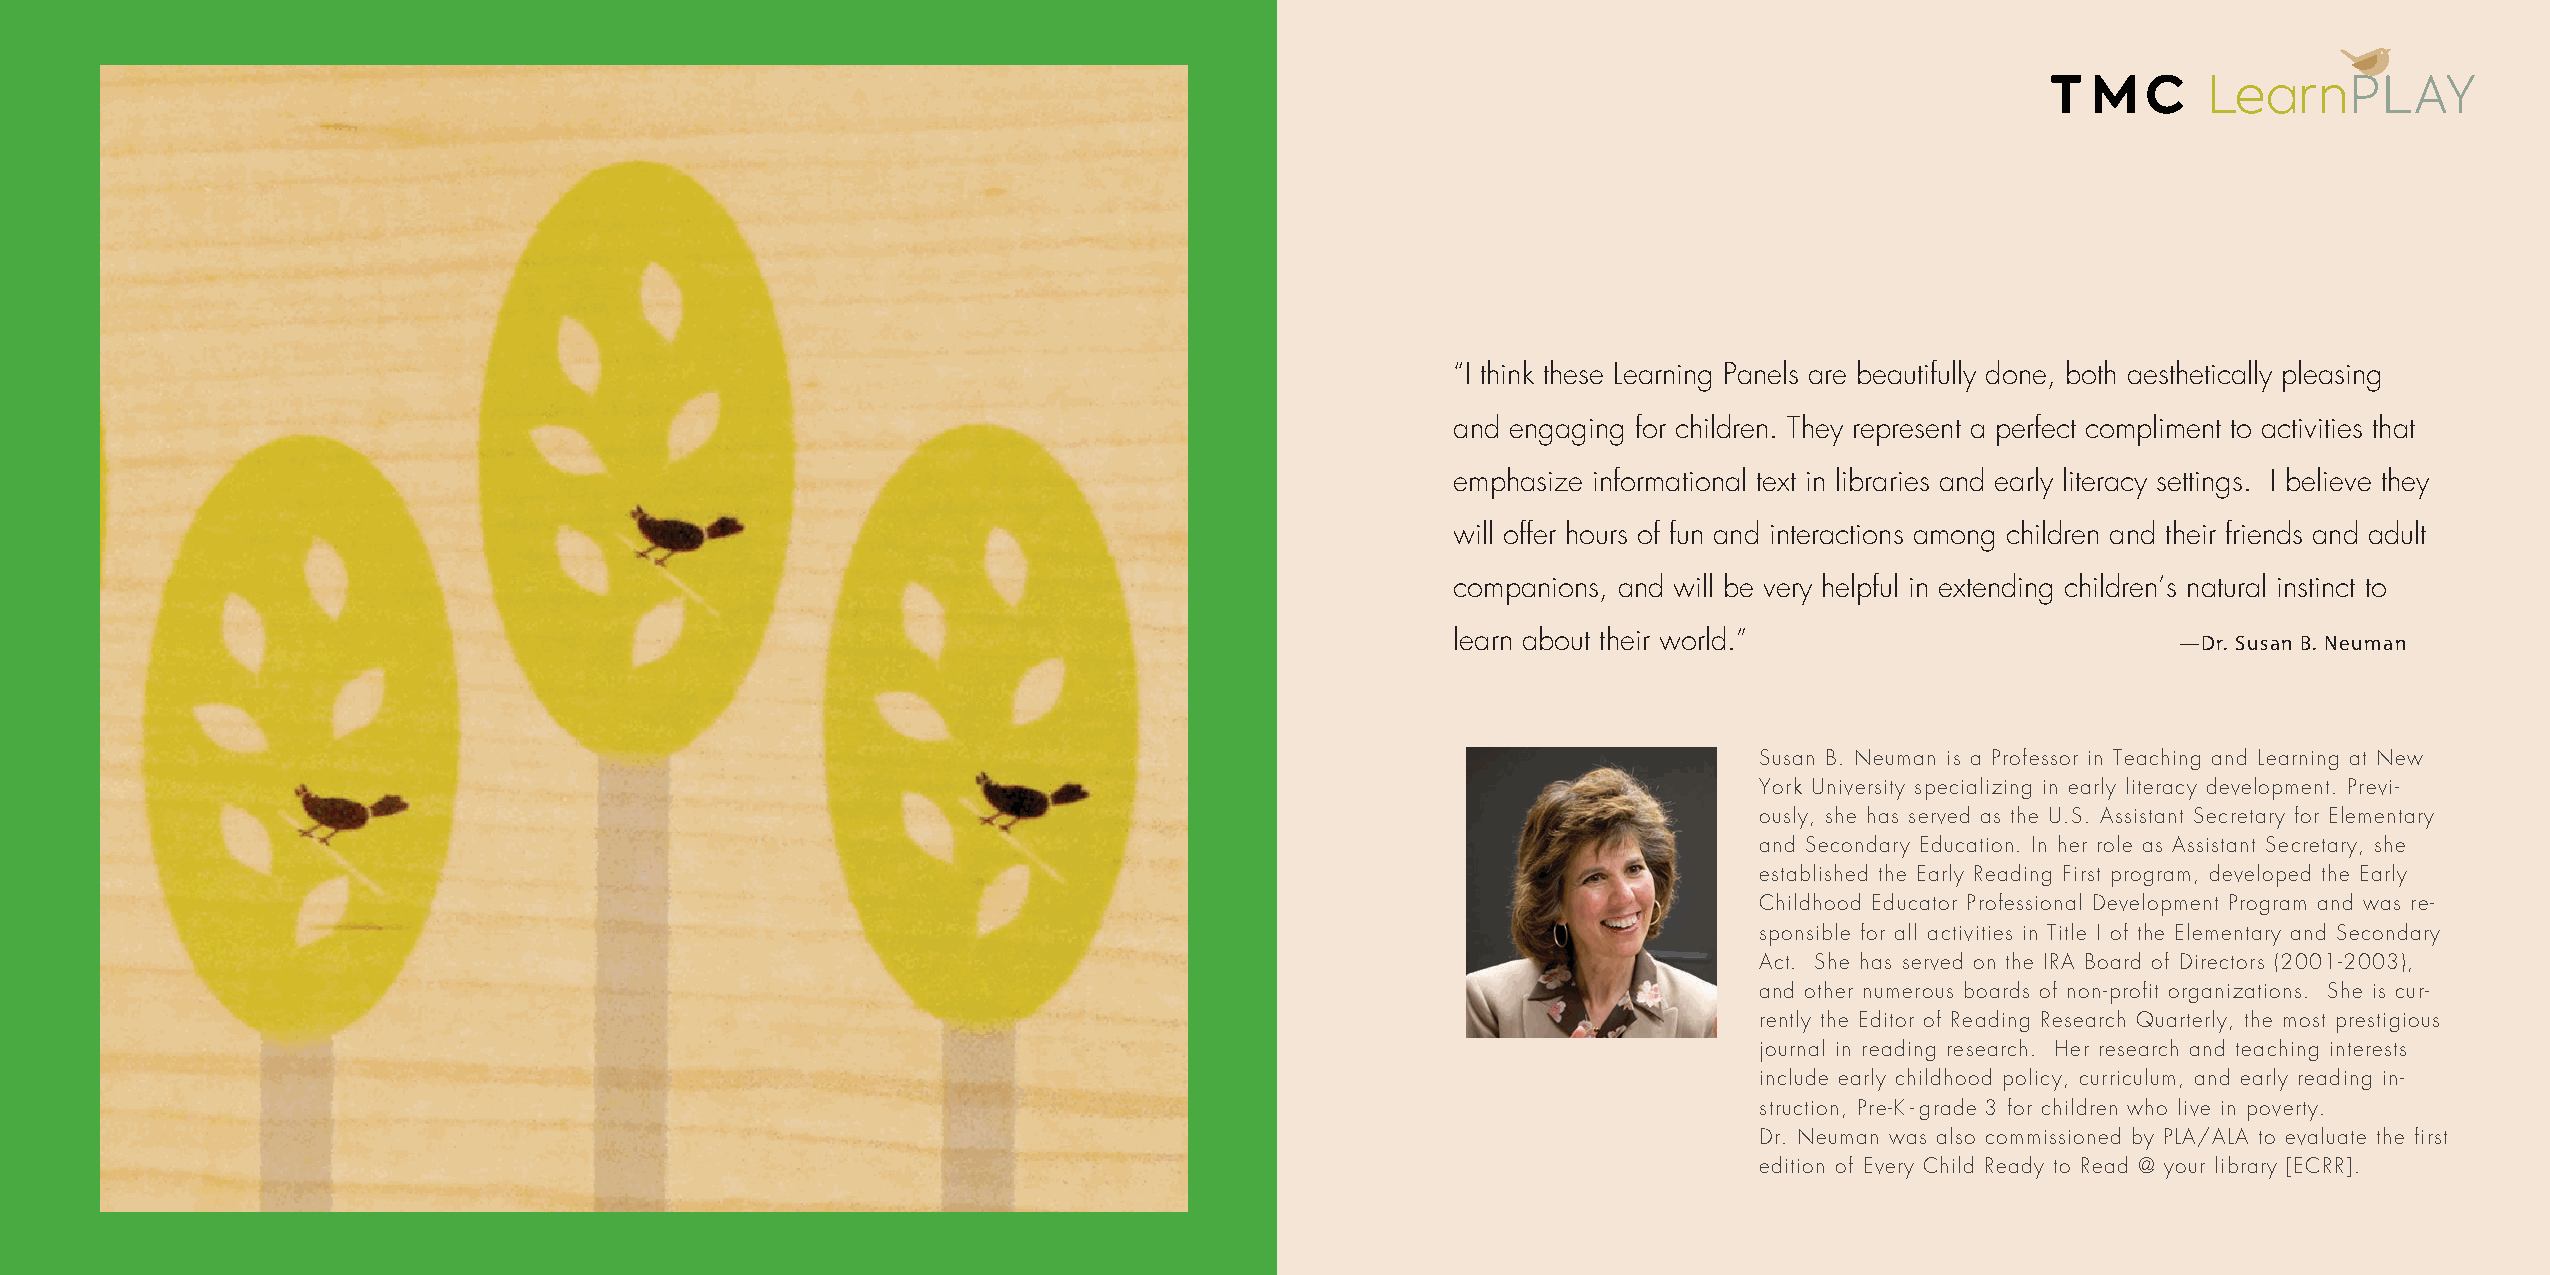
“I think these Learning Panels are beautifully done, both aesthetically pleasing
 and engaging for children. They represent a perfect compliment to activities that
 emphasize informational text in libraries and early literacy settings. I believe they
 will offer hours of fun and interactions among children and their friends and adult
 companions, and will be very helpful in extending children’s natural instinct to
 learn about their world.”                       —Dr. Susan B. Neuman
 Susan B. Neuman is a Professor in Teaching and Learning at New
 York University specializing in early literacy development. Previ-
 ously, she has served as the U.S. Assistant Secretary for Elementary
 and Secondary Education. In her role as Assistant Secretary, she
 established the Early Reading First program, developed the Early
 Childhood Educator Professional Development Program and was re-
 sponsible for all activities in Title I of the Elementary and Secondary
 Act. She has served on the IRA Board of Directors (2001-2003),
 and other numerous boards of non-profit organizations. She is cur-
 rently the Editor of Reading Research Quarterly, the most prestigious
 journal in reading research. Her research and teaching interests
 include early childhood policy, curriculum, and early reading in-
 struction, Pre-K-grade 3 for children who live in poverty.
 Dr. Neuman was also commissioned by PLA/ALA to evaluate the first
 edition of Every Child Ready to Read @ your library [ECRR].
 152 | LearnPLAY | tmcfurniture.com                                                                                                             LearnPLAY | tmcfurniture.com | 153